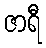
ဇာရီ